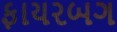
ફાયરબગ